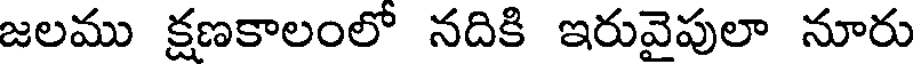
జలము క్షణకాలంలో నదికి ఇరువైపులా నూరు